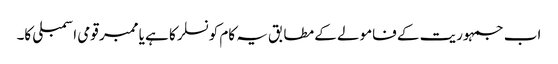
اب جمہوریت کے فامولے کے مطابق یہ کام کونسلر کا ہے یا ممبر قومی اسمبلی کا۔